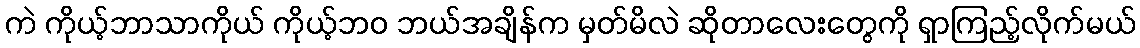
ကဲ ကိုယ့်ဘာသာကိုယ် ကိုယ့်ဘဝ ဘယ်အချိန်က မှတ်မိလဲ ဆိုတာလေးတွေကို ရှာကြည့်လိုက်မယ်